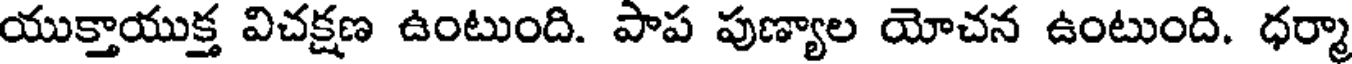
యుక్తాయుక్త విచక్షణ ఉంటుంది. పాప పుణ్యాల యోచన ఉంటుంది. ధర్మా